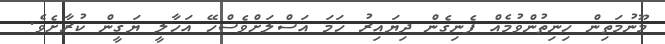
މޫނުމަތިން ހިނިތުންވުމެއް ފެނިގެން ދިޔައިރު ހަމަ އަސްލަށްވެސްހޭ އަހާލީ ޔަގީން ކުރާށެވެ.